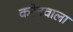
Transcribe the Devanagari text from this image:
करेनवाला